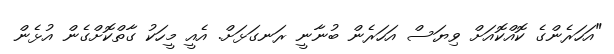
"އަހަރެންގެ ކޮއްކޮއަށް ވިޔަސް އަހަރެން ބުނާނީ ރަނގަޅަށް. އެއީ މީހަކު ގާތްކޮށްގެން އުޅެން